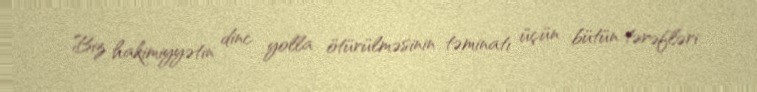
Biz hakimiyyətin dinc yolla ötürülməsinin təminatı üçün bütün tərəfləri